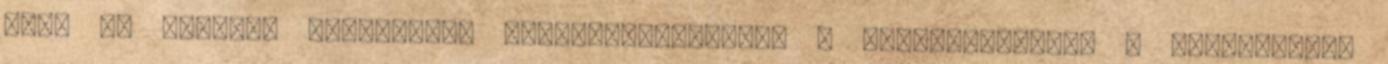
hogy az adventi hétvégéken visszaállíthassák a metróforgalmat - nyilatkozta